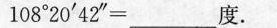
$$1 0 8 ° 2 0 ' 4 2 ” = ___ 度$$。